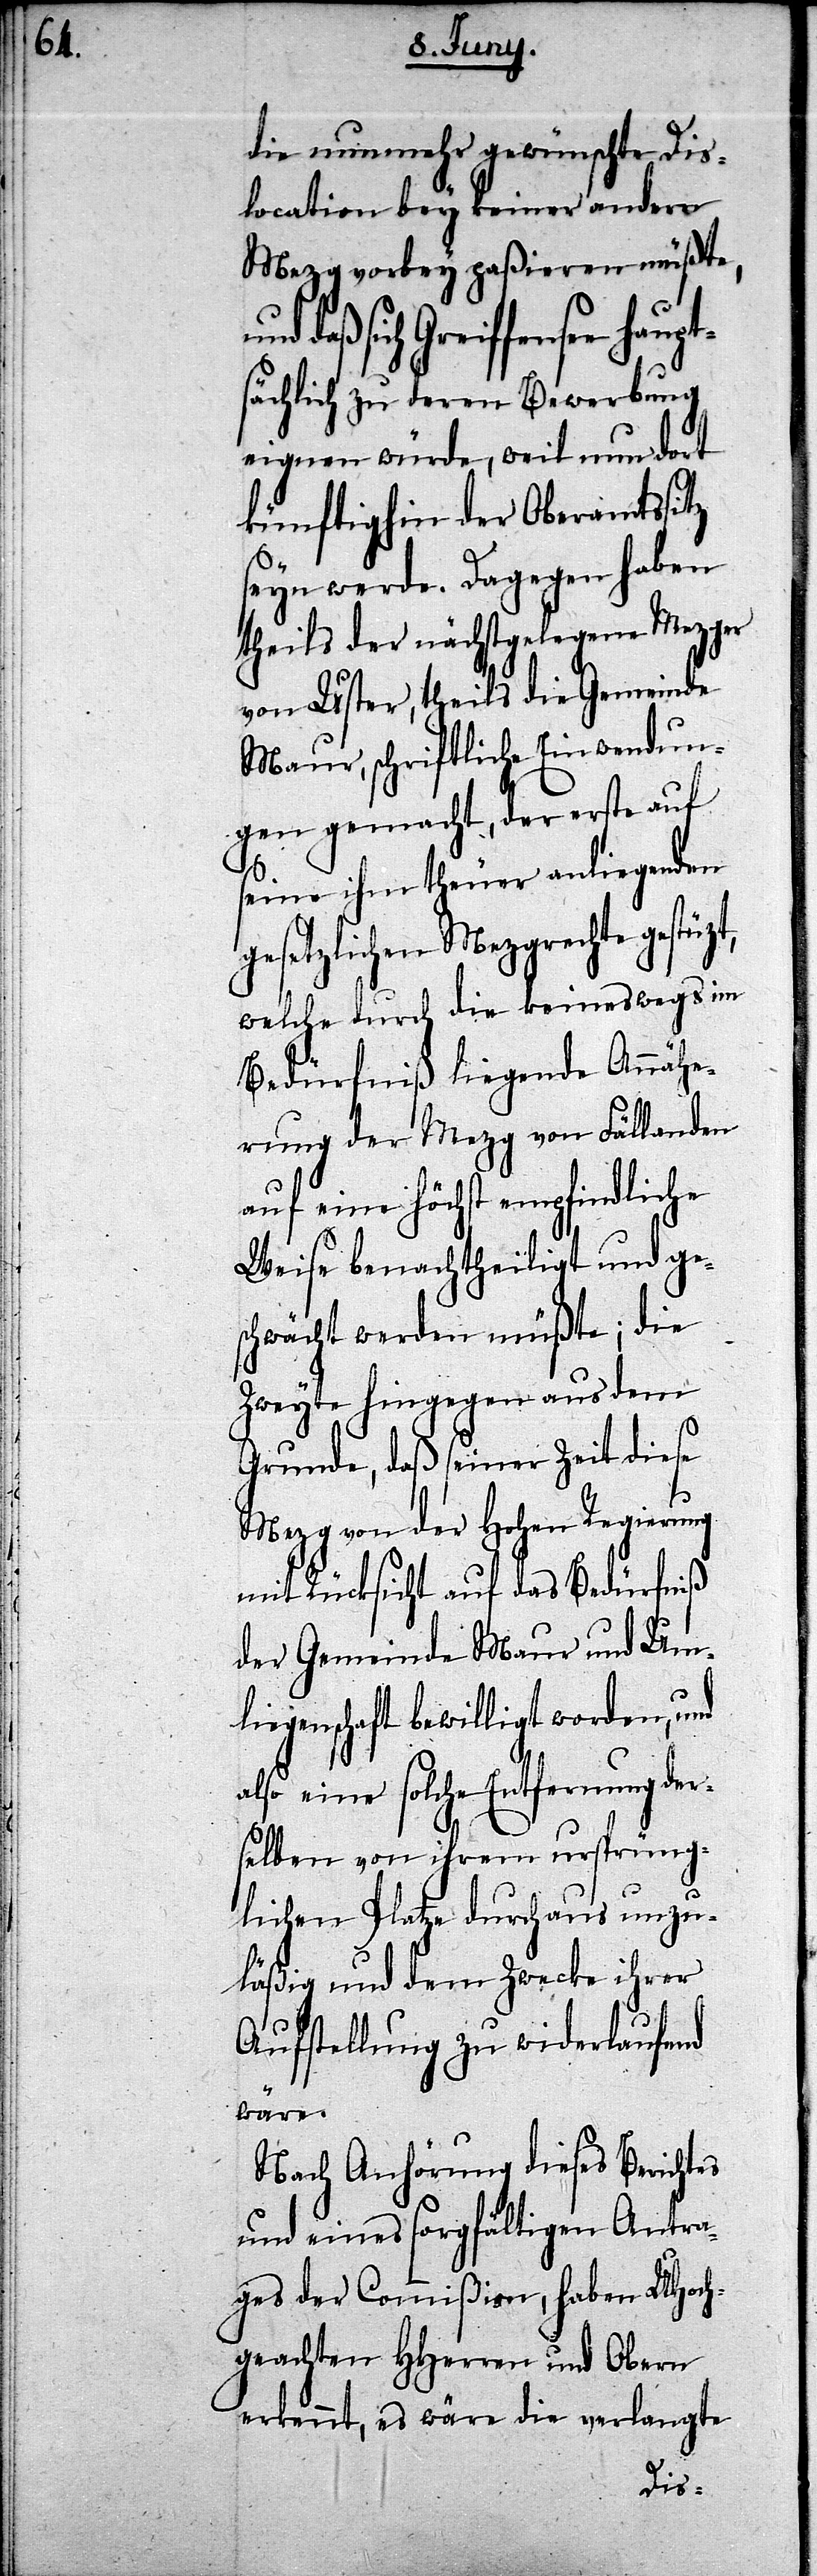
t,

die nunmehr gewünschte Dis¬
location bey keiner andern
Mezg vorbey paßieren müßte,
daß sich Greiffensee hau¬
sächlich zu deren Bewerbung
eignen würde, weil nun dort
künftighin der Oberamtssitz
seyn werde. Dagegen haben
theils der nächstgelegene Mezger
von Uster, theils die Gemeinde
Maur, schriftlich Einwendun¬
gen gemacht, der erste auf
seine ihm theuer anliegenden
gesetzlichen Mezgrechte gestüz¬
welche durch die keineswegs im
Bedürfniß liegende Annähe¬
rung der Mezg von Fällanden
auf eine höchst empfindliche
Weise benachtheiligt und ge¬
schwächt werden müßte; die
Zweyte hingegen aus dem
Grunde, daß seiner Zeit diese
Mezg von der Hohen Regierung
mit Rücksicht auf das Bedürfniß
der Gemeinde Maur und Um¬
liegenschaft bewilligt worden, und
also eine solche Entfernung der¬
selben von ihrem ursprüng¬
lichen Platze durchaus unzu¬
läßig und dem Zwecke ihrer
Aufstellung zu widerlaufend
wäre.
Nach Anhörung dieses Berichtes
und eines sorgfältigen Antra¬
ges der Commißion, haben UHoch¬
geachten HHerren und Obern
erkennt, es wäre die verlangte